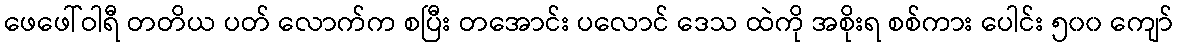
ဖေဖေါ်ဝါရီ တတိယ ပတ် လောက်က စပြီး တအောင်း ပလောင် ဒေသ ထဲကို အစိုးရ စစ်ကား ပေါင်း ၅၀၀ ကျော်